Account of plague administration in the Bombay Presidency from September 1896 till May 1897
Year: 1896
Disease focus: Plague
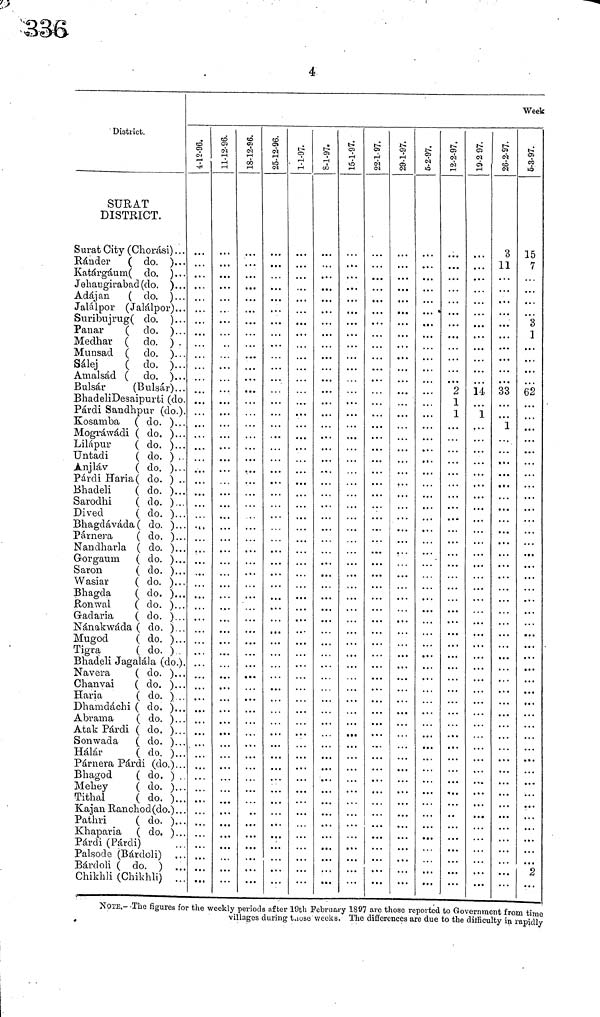
4
District.
SURAT
DISTRICT.
Surat City (Chorasi) . . .
Ránder ( do. ). . .
Katárgáum( do. ) . . .
Jehaugirabad (do. )...
Adajan
( do. )...
Jalálpor (Jalálpor) . . .
Suribujrug( do. ) . . .
Panar
( do. )...
Medhar ( do. ) .
Munsad ( do. ),..
Sálej
( do. )...
Amalsád ( do. )...
Bulsár
(Bulsár)...
BhadeliDesaipurti (do.
Pardi Sandhpur (do.).
Kosamba ( do. ). . .
Mográwádi ( do. )...
Lilápur
( do. )...
Untadi
( do. ) ..
Anjláv
( do. )...
Párdi Haría ( do. ) ..
Bhadeli
( do. )...
Sarodhi
( do. )...
Dived
( do. )...
Bhagdáváda ( do. ) . . .
Párnera
( do. )...
Naridharla ( do. )...
Gorgaum ( do. )...
Saron
( do. )..,
Wasiar
( do. )...
Bhagda
( do. )...
Ronwal
( do. )..,
Gadaria
( do, )...
Nánakwáda ( do. ),..
Mugod
( do. )..
Tigra
( do. )..
Bhadeli Jagalála (do.)
Navera
( do. )..
Chanvai
( do. )..
Haria
( do. ) .
Dhamdachi ( do. )..
Abrama
( do. ),,
Atak Pardi ( do. )...
Sonwada ( do. )..
Halar
( do. )..
Párnera Párdi (do.)..
Bhagod
( do. ) .
Mehey
( do. ). . .
Tithal
( do. )..
Kajan Ranchod(do.) . .
Pathri
( do. )..
Khaparia ( do. )..
Párdi (Párdi)
Palsode (Bárdoli) ..
Bárdoli ( do, ) .,
Chikhli (Chikhli)
4-12-96.
11-12-96. 18-12-96. 25-12-96. 1-1-97. 8-1-97. 15-1-97. 22-1-97.
. . .
29-1-97.
6-2-97.
12-2-97.
2
1
1
19-2-97.
14
. · ·
1
26-2-97.
3
11
33
. . .
. . .
1
Week
5-3-97.
15
7
3
1
62
. . .
.
.
.
2
NOTE.- The figures for the weekly periods after 10th February 1897 arc those reported to Government from timo
villages during those weeks. The differences are due to the difficulty in rapidly